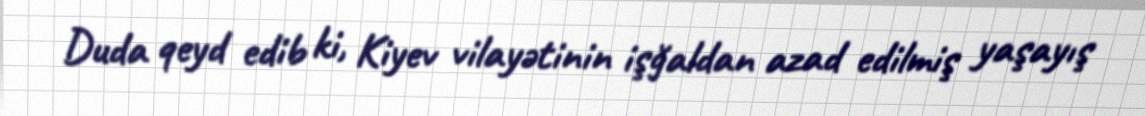
Duda qeyd edib ki, Kiyev vilayətinin işğaldan azad edilmiş yaşayış